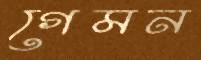
গেমন